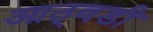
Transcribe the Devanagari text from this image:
आठ्वडी